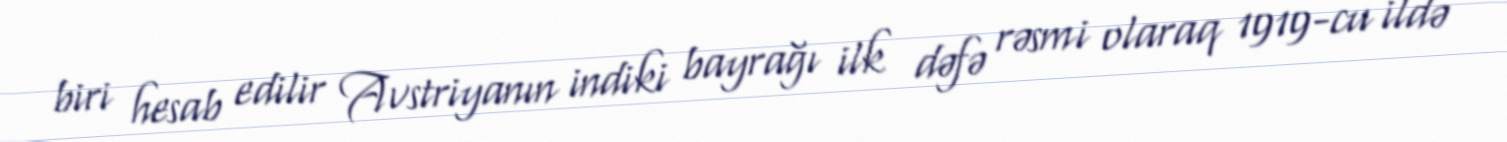
biri hesab edilir Avstriyanın indiki bayrağı ilk dəfə rəsmi olaraq 1919-cu ildə